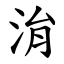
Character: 㳙